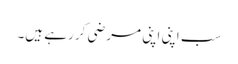
سب اپنی اپنی مرضی کر رہے ہیں۔